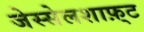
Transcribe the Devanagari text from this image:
जेस्सेलशाफ़्ट